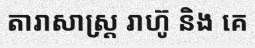
តារាសាស្ត្រ រាហ៊ូ និង គេ